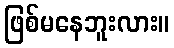
ဖြစ်မနေဘူးလား။